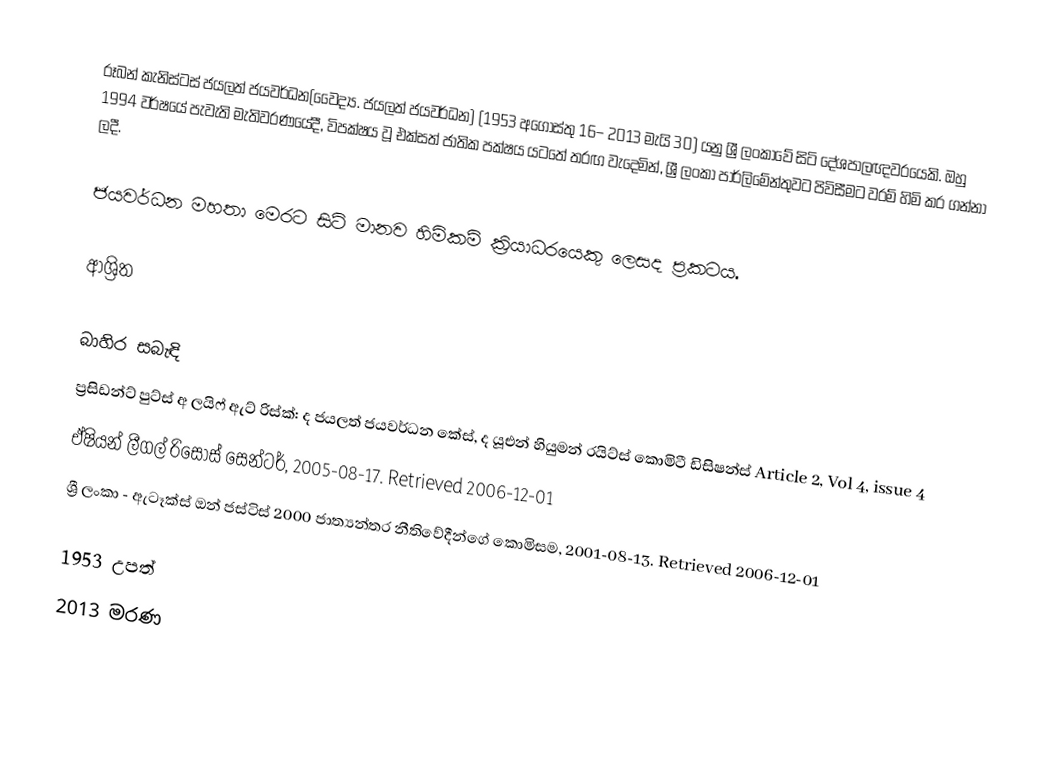
රූබන් කැනිස්ටස් ජයලත් ජයවර්ධන(වෛද්‍ය. ජයලත් ජයවර්ධන) (1953 අගෝස්තු 16– 2013 මැයි 30) යනු ශ්‍රී ලංකාවේ සිටි දේශපාලඥවරයෙකි. ඔහු 1994 වර්ෂයේ පැවැති මැතිවරණයේදී, විපක්ෂය වූ එක්සත් ජාතික පක්ෂය යටතේ තරඟ වැදෙමින්, ශ්‍රී ලංකා පාර්ලිමේන්තුවට පිවිසීමට වරම් හිමි කර ගන්නා ලදී.

ජයවර්ධන මහතා මෙරට සිටි මානව හිමිකම් ක්‍රියාධරයෙකු ලෙසද ප්‍රකටය.

ආශ්‍රිත

බාහිර සබැඳි
 ප්‍රසිඩන්ට් පුට්ස් අ ලයිෆ් ඇට් රිස්ක්: ද ජයලත් ජයවර්ධන කේස්, ද යූඑන් හියුමන් රයිට්ස් කොමිටී ඩිසිෂන්ස් Article 2, Vol 4, issue 4
 ඒෂියන් ලීගල් රිසෝස් සෙන්ටර්, 2005-08-17.  Retrieved 2006-12-01
  ශ්‍රී ලංකා - ඇටෑක්ස් ඔන් ජස්ටිස් 2000 ජාත්‍යන්තර නීතිවේදීන්ගේ කොමිසම, 2001-08-13.  Retrieved 2006-12-01

1953 උපත්
2013 මරණ